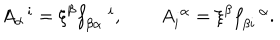
LaTeX: A _ { \alpha } ^ { \, \, \, \, i } = \xi ^ { \beta } f _ { \beta \alpha } ^ { \, \, \, \, \, \, \, i } , \, \, \, \, \, \, \, \, \, \, \, \, A _ { i } ^ { \, \, \alpha } = \xi ^ { \beta } f _ { \beta i } ^ { \, \, \, \, \, \alpha } .